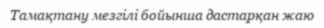
Тамақтану мезгілі бойынша дастарқан жаю